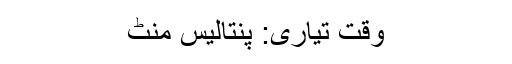
وقت تیاری: پنتالیس مِنٹ